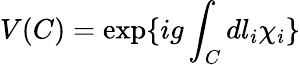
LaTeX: V(C)=\exp\{ ig\int_{C}dl_{i}\chi_{i}\}